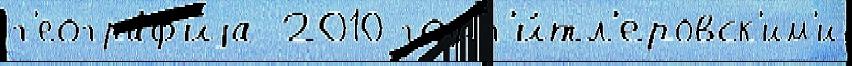
г'еогра́ф'иjа 2010 год г'и́тл'еровск'им'и